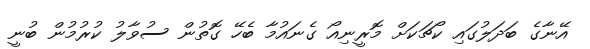
އޭނާގެ ބަދަލުގައި ކޯޗަކަށް މޮރީނިއޯ ގެނައުމާ ބެހޭ ގޮތުން ސުވާލު ކުރުމުން ބުނީ